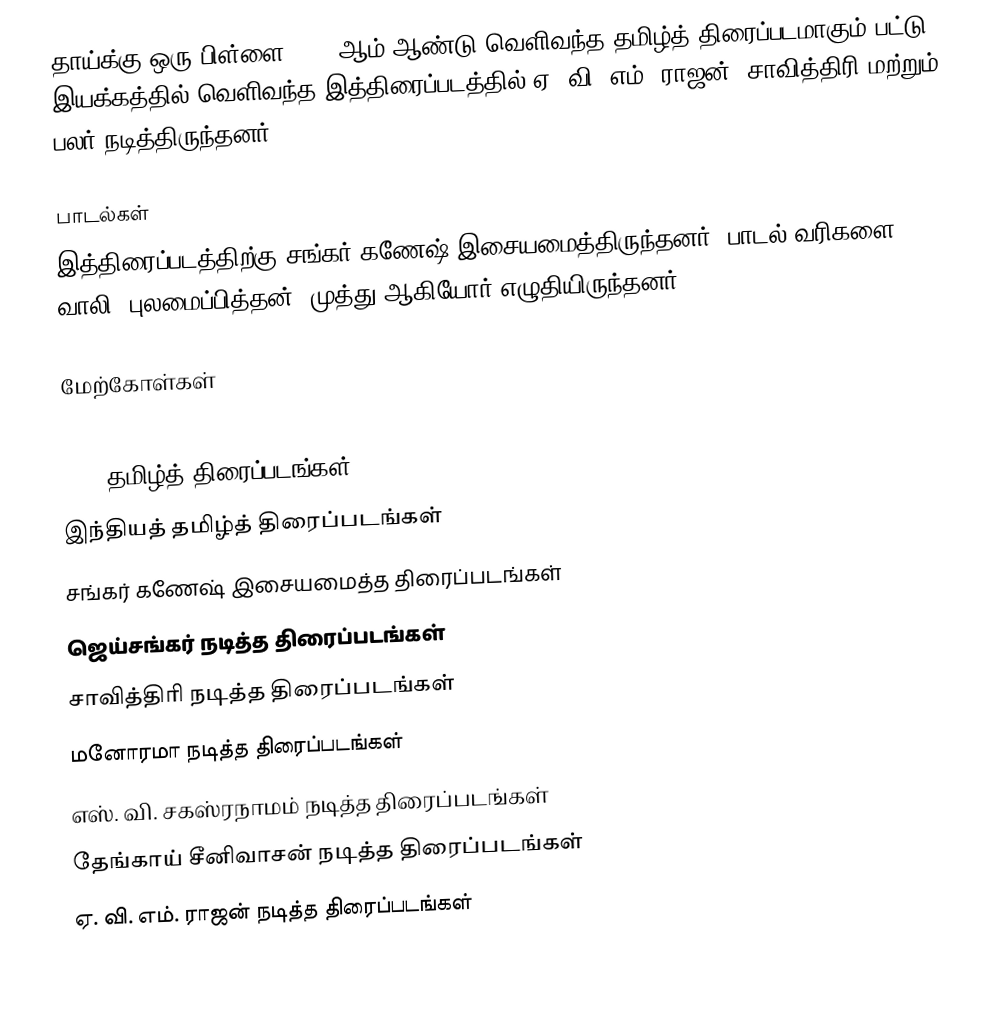
தாய்க்கு ஒரு பிள்ளை 1972 ஆம் ஆண்டு வெளிவந்த தமிழ்த் திரைப்படமாகும்.பட்டு இயக்கத்தில் வெளிவந்த இத்திரைப்படத்தில் ஏ. வி. எம். ராஜன், சாவித்திரி மற்றும் பலர் நடித்திருந்தனர்.

பாடல்கள்
இத்திரைப்படத்திற்கு சங்கர் கணேஷ் இசையமைத்திருந்தனர். பாடல் வரிகளை வாலி, புலமைப்பித்தன், முத்து ஆகியோர் எழுதியிருந்தனர்.

மேற்கோள்கள்

1972 தமிழ்த் திரைப்படங்கள்
இந்தியத் தமிழ்த் திரைப்படங்கள்
சங்கர் கணேஷ் இசையமைத்த திரைப்படங்கள்
ஜெய்சங்கர் நடித்த திரைப்படங்கள்
சாவித்திரி நடித்த திரைப்படங்கள்
மனோரமா நடித்த திரைப்படங்கள்
எஸ். வி. சகஸ்ரநாமம் நடித்த திரைப்படங்கள்
தேங்காய் சீனிவாசன் நடித்த திரைப்படங்கள்
ஏ. வி. எம். ராஜன் நடித்த திரைப்படங்கள்